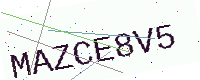
Text: MAZCE8V5